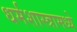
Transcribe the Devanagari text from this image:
धर्मशास्त्रामध्ये